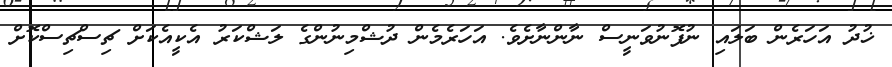
ޚުދު އަހަރެން ބަލައި ނުފޮނުވަނީސް ނާންނާށެވެ. އަހަރެމެން ދުޝްމިނުންގެ ލަޝްކަރު އެކީއެކަށް ޗިސްޗިސްކޮށް